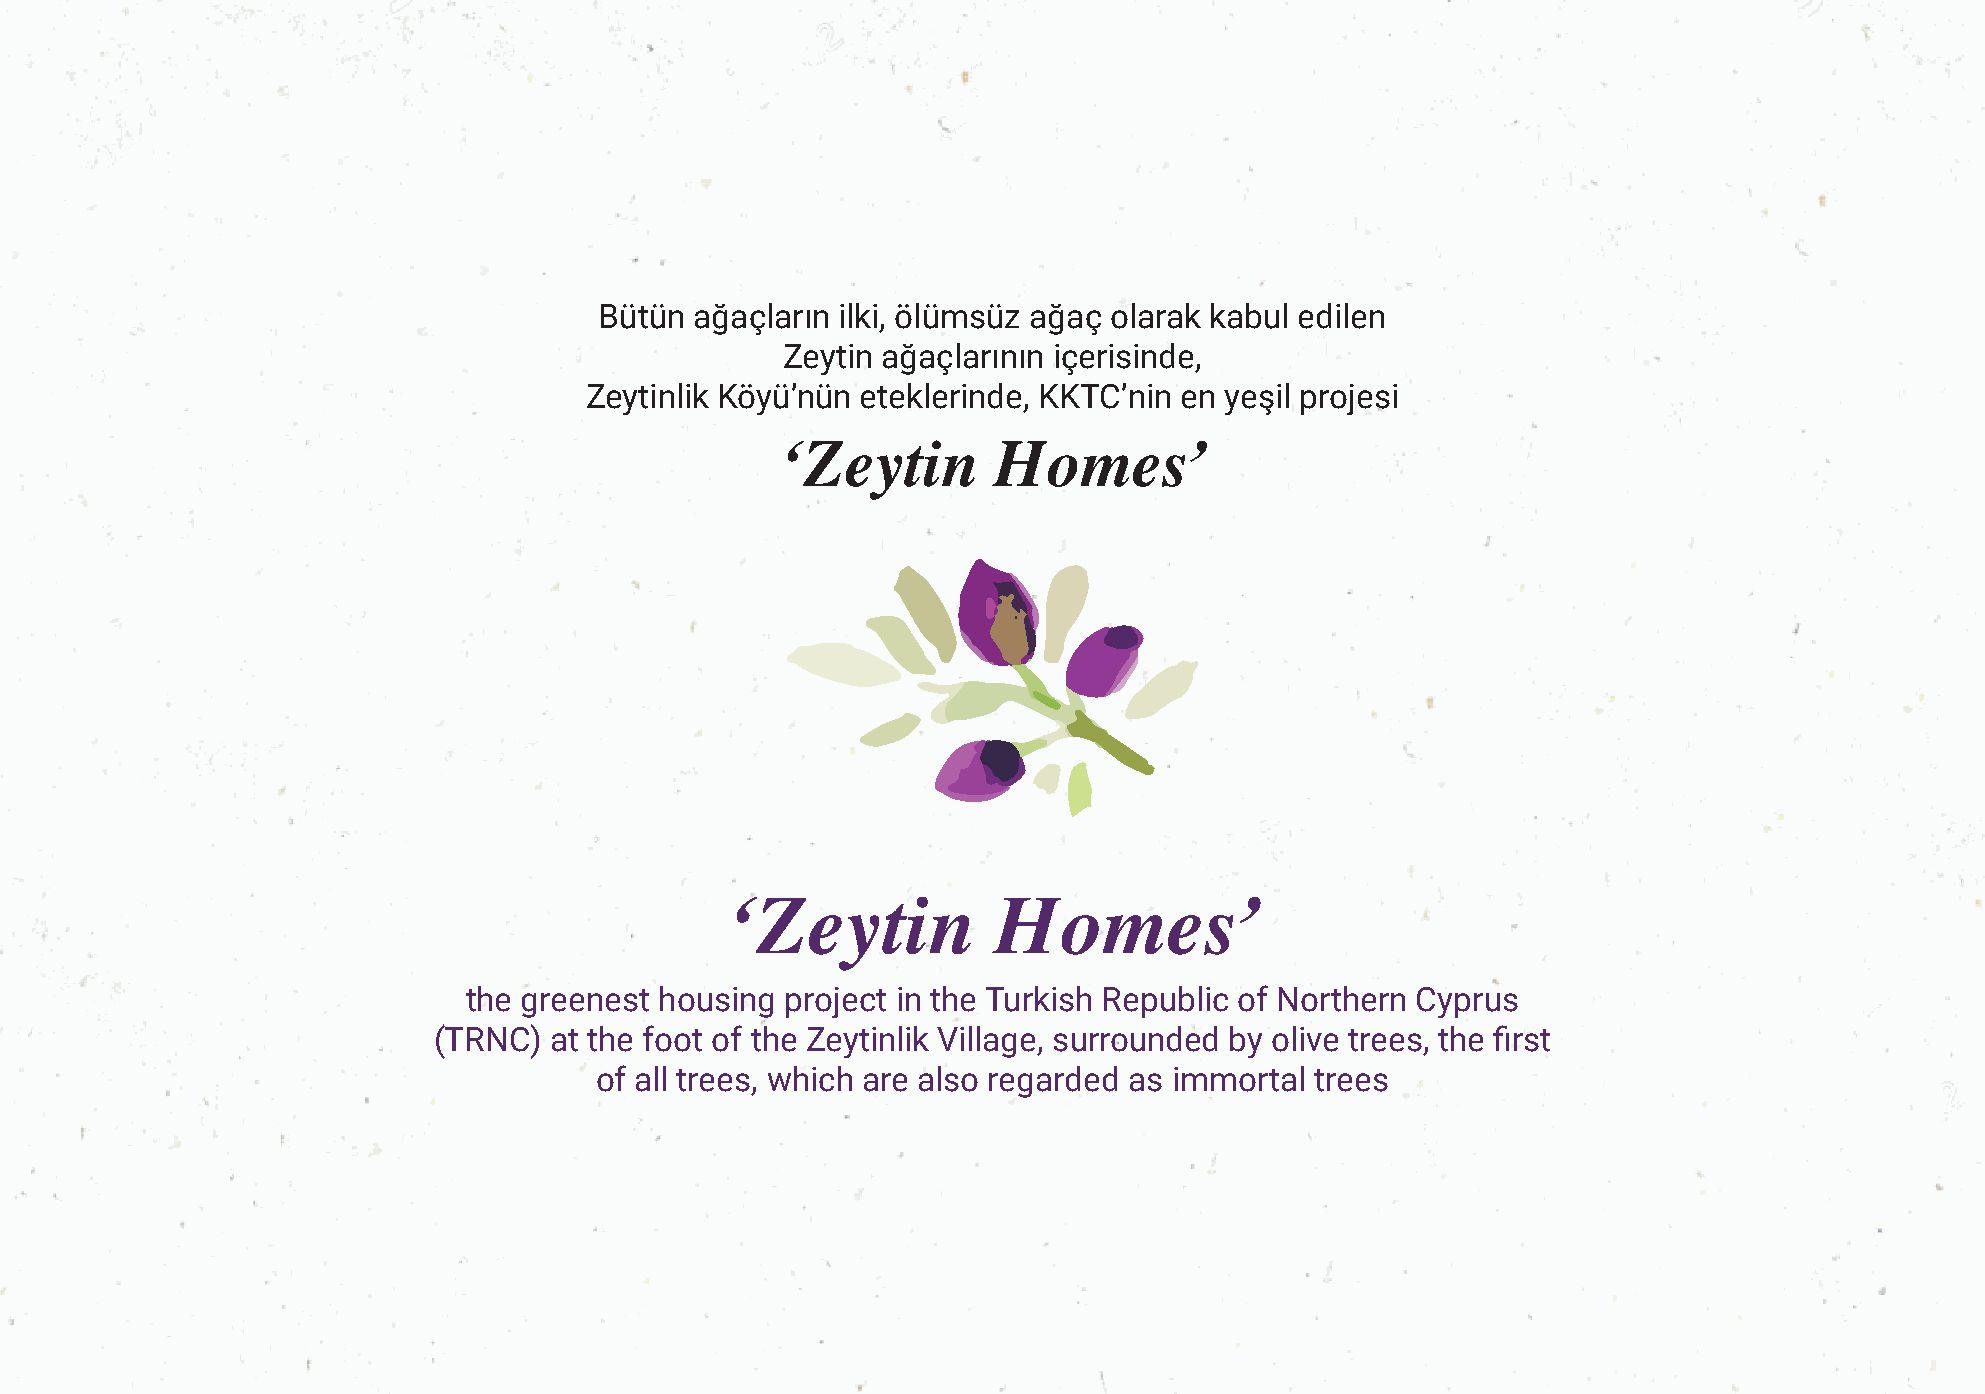
Bütün ağaçların ilki, ölümsüz ağaç olarak kabul edilen
 Zeytin ağaçlarının içerisinde,
 Zeytinlik Köyü’nün eteklerinde, KKTC’nin en yeşil projesi
 ‘Zeytin       Homes’
 ‘Zeytin           Homes’
 the greenest housing project in the Turkish Republic of Northern Cyprus
 (TRNC) at the foot of the Zeytinlik Village, surrounded by olive trees, the first
 of all trees, which are also regarded as immortal trees